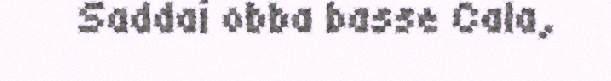
Saddai obba basse Cala,